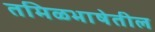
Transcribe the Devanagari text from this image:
तमिळभाषेतील